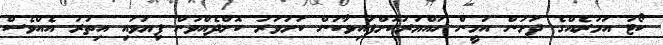
ކޯޓު އަމުރެއްގެ ދަށުން އަމީން ހައްޔަރުކޮށްފައިވާކަން ކަށަވަރު ކޮށްދެއްވުން ފިޔަވައި އިތުރު އެއްވެސް